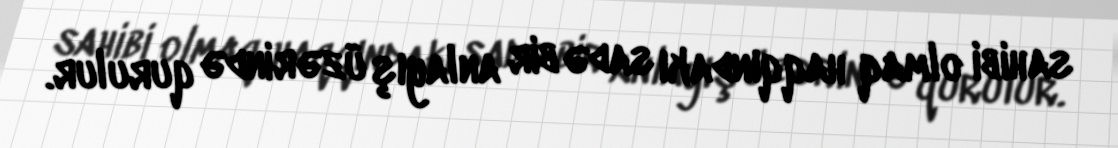
sahibi olmaq haqqındakı sadə bir anlayış üzərində qurulur.